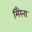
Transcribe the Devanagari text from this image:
मिरैना